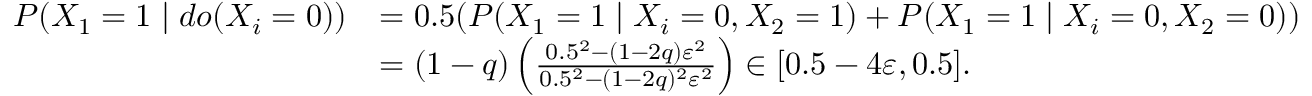
\begin{array} { r l } { P ( X _ { 1 } = 1 \mid d o ( X _ { i } = 0 ) ) } & { = 0 . 5 ( P ( X _ { 1 } = 1 \mid X _ { i } = 0 , X _ { 2 } = 1 ) + P ( X _ { 1 } = 1 \mid X _ { i } = 0 , X _ { 2 } = 0 ) ) } \\ & { = ( 1 - q ) \left( \frac { 0 . 5 ^ { 2 } - ( 1 - 2 q ) \varepsilon ^ { 2 } } { 0 . 5 ^ { 2 } - ( 1 - 2 q ) ^ { 2 } \varepsilon ^ { 2 } } \right) \in [ 0 . 5 - 4 \varepsilon , 0 . 5 ] . } \end{array}